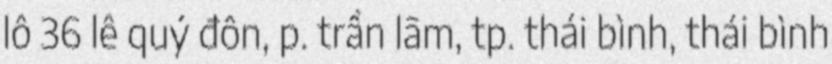
lô 36 lê quý đôn, p. trần lãm, tp. thái bình, thái bình